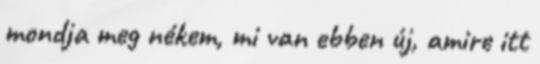
mondja meg nékem, mi van ebben új, amire itt